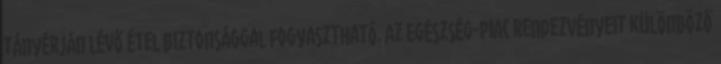
tányérján lévő étel biztonsággal fogyasztható. Az Egészség-Piac rendezvényeit különböző